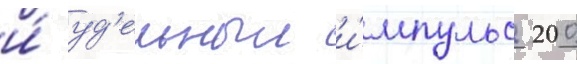
и́ уд'ельныи и́мпульс 200